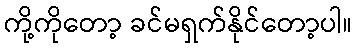
ကို့ကိုတော့ ခင်မရှက်နိုင်တော့ပါ။